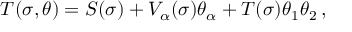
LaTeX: T ( \sigma , \theta ) = S ( \sigma ) + V _ { \alpha } ( \sigma ) \theta _ { \alpha } + T ( \sigma ) \theta _ { 1 } \theta _ { 2 } \nonumber \, ,